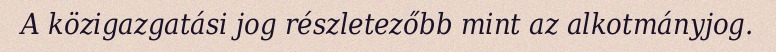
A közigazgatási jog részletezőbb mint az alkotmányjog.